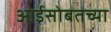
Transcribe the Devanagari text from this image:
आईसोबतच्या